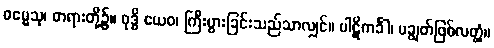
ဓမ္မေသု၊ တရားတို့၌။ ဝုဒ္ဓိ ယေဝ၊ ကြီးပွားခြင်းသည်သာလျှင်။ ပါဋိကင်္ခါ၊ မချွတ်ဖြစ်လတ္တံ့။